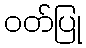
ဝတ်ပြု